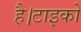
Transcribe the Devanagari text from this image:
है।टाइको